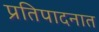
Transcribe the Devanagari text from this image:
प्रतिपादनात